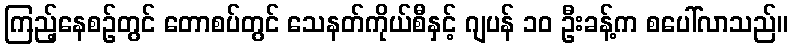
ကြည့်နေစဉ်တွင် တောစပ်တွင် သေနတ်ကိုယ်စီနှင့် ဂျပန် ၁၀ ဦးခန့်က စပေါ်လာသည်။